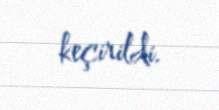
keçirildi.